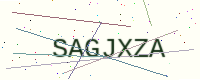
Text: SAGJXZA